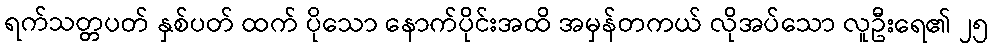
ရက်သတ္တပတ် နှစ်ပတ် ထက် ပိုသော နောက်ပိုင်းအထိ အမှန်တကယ် လိုအပ်သော လူဦးရေ၏ ၂၅